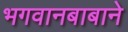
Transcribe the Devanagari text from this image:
भगवानबाबाने